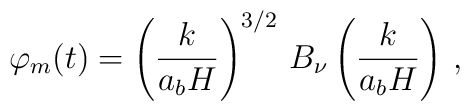
\varphi_m(t) = \left( \frac{k}{a_bH} \right)^{3/2} \, B_\nu\left(\frac{k}{a_bH}\right) \,,